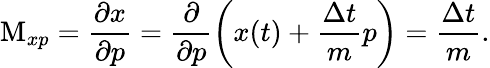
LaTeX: \textrm{M}_{xp}=\frac{\partial x}{\partial p}=\frac{\partial}{\partial p}\left(x(t)+\frac{\Delta t}{m}p\right)=\frac{\Delta t}{m}.